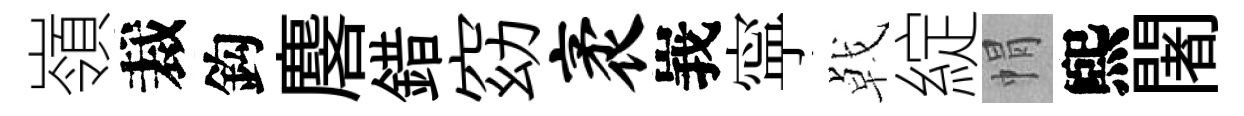
嶺裁鈎麐錯窈袤峩寜㦸綻㡌煕闍